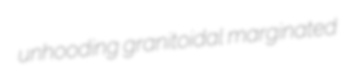
unhooding granitoidal marginated